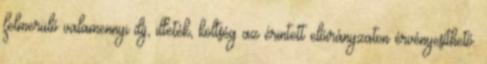
felmerülő valamennyi díj, illeték, költség az érintett előirányzaton érvényesíthető.